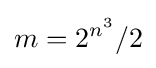
m=2^{n^{3}}/2